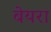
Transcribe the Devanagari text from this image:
बेयरा